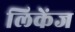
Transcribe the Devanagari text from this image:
लिकेंज